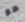
هو